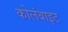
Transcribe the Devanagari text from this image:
कोलंबाइट